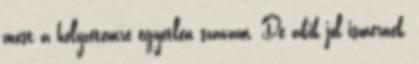
most a helyzetemre egyetlen szavam. De akik jól ismernek,